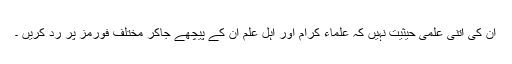
ان کی اتنی علمی حیثیت نہیں کہ علماء کرام اور اہل علم ان کے پیچھے جاکر مختلف فورمز پر رد کریں ۔